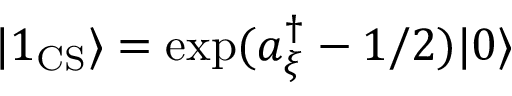
| 1 _ { \mathrm { C S } } \rangle = \exp ( a _ { \xi } ^ { \dagger } - 1 / 2 ) | 0 \rangle